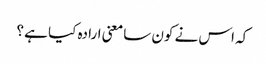
کہ اس نے کون سا معنی ارادہ کیا ہے ؟